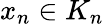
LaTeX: x_{n}\in K_{n}